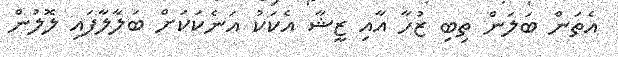
އެތަން ބަލަން ތިބި ޒުހާ އާއި ޒީޝާ އެކަކު އަނެކަކަށް ބަލާލާފައި ލޮލުން